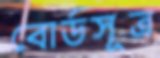
বোর্ডসূত্র